Investigations into the jail dietaries of the United Provinces with some observations on the influence of dietary on the physical development and well-being of the people of the United Provinces - Number 48
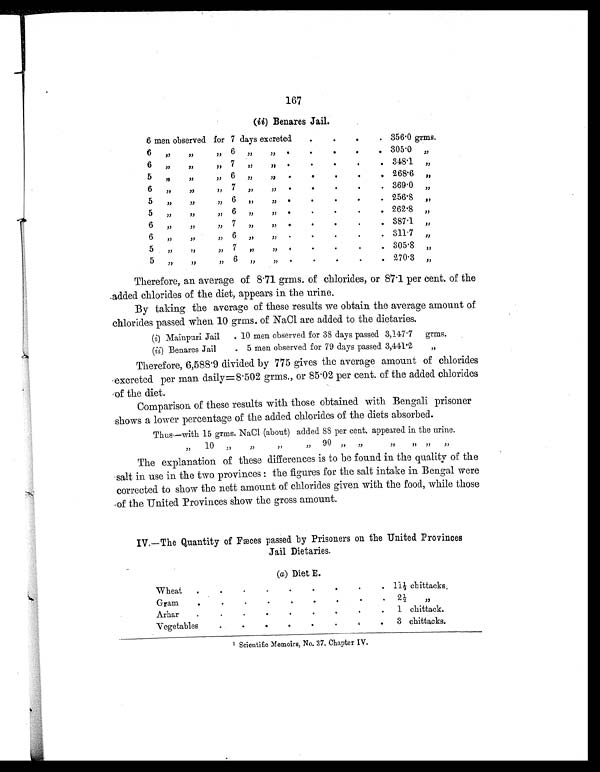
167
(ii) Benares Jail.
6 men observed for 7 days excreted .
.
.
. 356.0 grms.
6 „ „ „
6 ,,
„
.
.
.
.
. 305.0 „
6 „
„ „
7
„ „
.
.
.
.
. 348.1
„
5
„ „ „
6 „
„
.
.
.
.
. 268.6
„
6
„ „ „
7
„ „
.
.
.
.
. 369.0
„
5
„ „ „
6
„
” .
.
.
.
. 256.8 „
5
„ „ „
6
„ „
.
.
.
.
. 262.8 ,,
6 „
„ „
7
„ „
.
.
.
.
. 387.1
„
6 ,,
„ „
6
„ „
.
.
.
.
. 311.7 „
5
„ „ „
7
„ „
.
.
.
.
. 305.8 „
5
„ „ „
6
„ „
.
.
.
.
. 270.3 „
Therefore, an average of 8.71 grms. of chlorides, or 87.1 per cent. of the
.added chlorides of the diet, appears in the urine.
By taking the average of these results we obtain the average amount of
chlorides passed when 10 grms. of NaCl are added to the dietaries.
(i) Mainpuri Jail . 10 men observed for 38 days passed 3,147.7 grms.
(ii) Benares Jail
. 5 men observed for 79 days passed 3,441.2
„
Therefore, 6,588.9 divided by 775 gives the average amount of chlorides
excreted per man daily=8.502 grms., or 85.02 per cent. of the added chlorides
of the diet.
Comparison of these results with those obtained with Bengali prisoner
shows a lower percentage of the added chlorides of the diets absorbed.
Thus—with 1 5 grms. NaCl (about) added 88 per cent. appeared in the urine.
„
1 0
„ „ „ „
9 0 0
„ „ „ „ „ „
The explanation of these differences is to be found in the quality of the
salt in use in the two provinces : the figures for the salt intake in Bengal were
corrected to show the nett amount of chlorides given with the food, while those
of the United Provinces show the gross amount.
IV.—The Quantity of Fæces passed by Prisoners on the United Provinces
Jail Dietaries.
(a) Diet E.
Wheat.
. . .
1 1 ½ c h i t t a c k s .
Gram
. .
.
.
2 ½
, ,
Arhar.
.
. .
1 chittack.
Vegetables.
.
.
. 3 chittacks.
1 Scientific Memoirs, No. 37, Chapter IV.